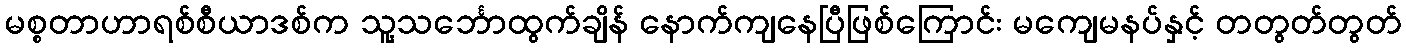
မစ္စတာဟာရစ်စီယာဒစ်က သူ့သင်္ဘောထွက်ချိန် နောက်ကျနေပြီဖြစ်ကြောင်း မကျေမနပ်နှင့် တတွတ်တွတ်